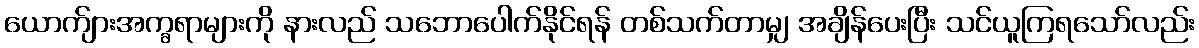
ယောက်ျားအက္ခရာများကို နားလည် သဘောပေါက်နိုင်ရန် တစ်သက်တာမျှ အချိန်ပေးပြီး သင်ယူကြရသော်လည်း